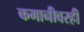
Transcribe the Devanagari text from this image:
कमानीवरही